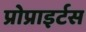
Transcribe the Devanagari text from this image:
प्रोप्राइर्टस